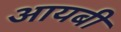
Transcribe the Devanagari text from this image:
आयबी